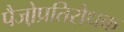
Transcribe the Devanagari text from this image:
पैजो़प्रतिरोधक